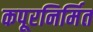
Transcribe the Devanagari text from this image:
कपूरनिर्मित